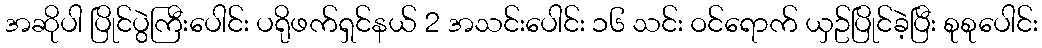
အဆိုပါ ပြိုင်ပွဲကြီးပေါင်း ပရိုဖက်ရှင်နယ် 2 အသင်းပေါင်း ၁၆ သင်း ဝင်ရောက် ယှဥ်ပြိုင်ခဲ့ပြီး စုစုပေါင်း